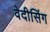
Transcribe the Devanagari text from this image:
वेदीसिंग